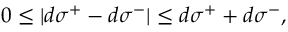
0 \leq | d \sigma ^ { + } - d \sigma ^ { - } | \leq d \sigma ^ { + } + d \sigma ^ { - } ,